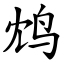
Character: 鸩